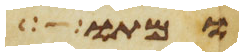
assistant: ומתו